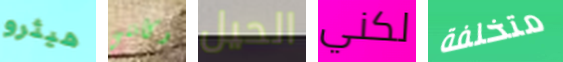
هيثرو وكأنني الحيل لكني متخلفة